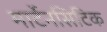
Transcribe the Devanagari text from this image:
मार्टेनसिटिक